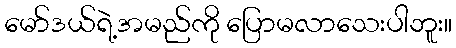
မော်ဒယ်ရဲ့အမည်ကို ပြောမလာသေးပါဘူး။